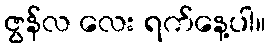
ဇွန်လ လေး ရက်နေ့ပါ။